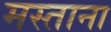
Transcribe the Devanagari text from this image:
मस्‍ताना